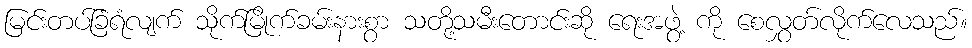
မြင်းတပ်ခြံရံလျက် သိုက်မြိုက်ခမ်းနားစွာ သတို့သမီးတောင်းဆို ရေးအဖွဲ့ ကို စေလွှတ်လိုက်လေသည်။